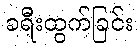
ခရီးထွက်ခြင်း